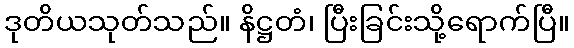
ဒုတိယသုတ်သည်။ နိဋ္ဌတံ၊ ပြီးခြင်းသို့ရောက်ပြီ။